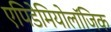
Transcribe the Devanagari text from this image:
एपिडेमियोलॉजिक